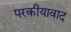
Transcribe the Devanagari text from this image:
परकीयावाद